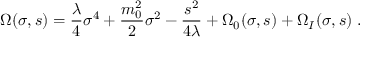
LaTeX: \Omega ( \sigma , s ) = { \frac { \lambda } { 4 } } \sigma ^ { 4 } + { \frac { m _ { 0 } ^ { 2 } } { 2 } } \sigma ^ { 2 } - { \frac { s ^ { 2 } } { 4 \lambda } } + \Omega _ { 0 } ( \sigma , s ) + \Omega _ { I } ( \sigma , s ) \; .